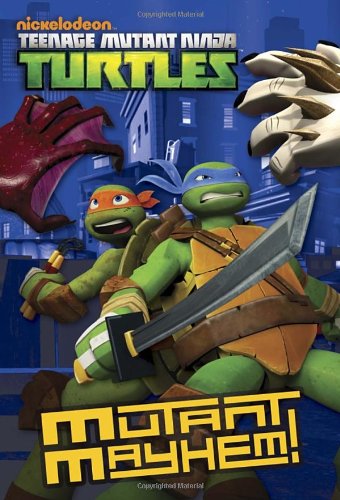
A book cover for Mutant Mayhem! (Teenage Mutant Ninja Turtles) (Junior Novel); Matthew Gilbert; Children's Books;